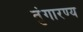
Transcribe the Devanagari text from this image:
तुंगारण्य